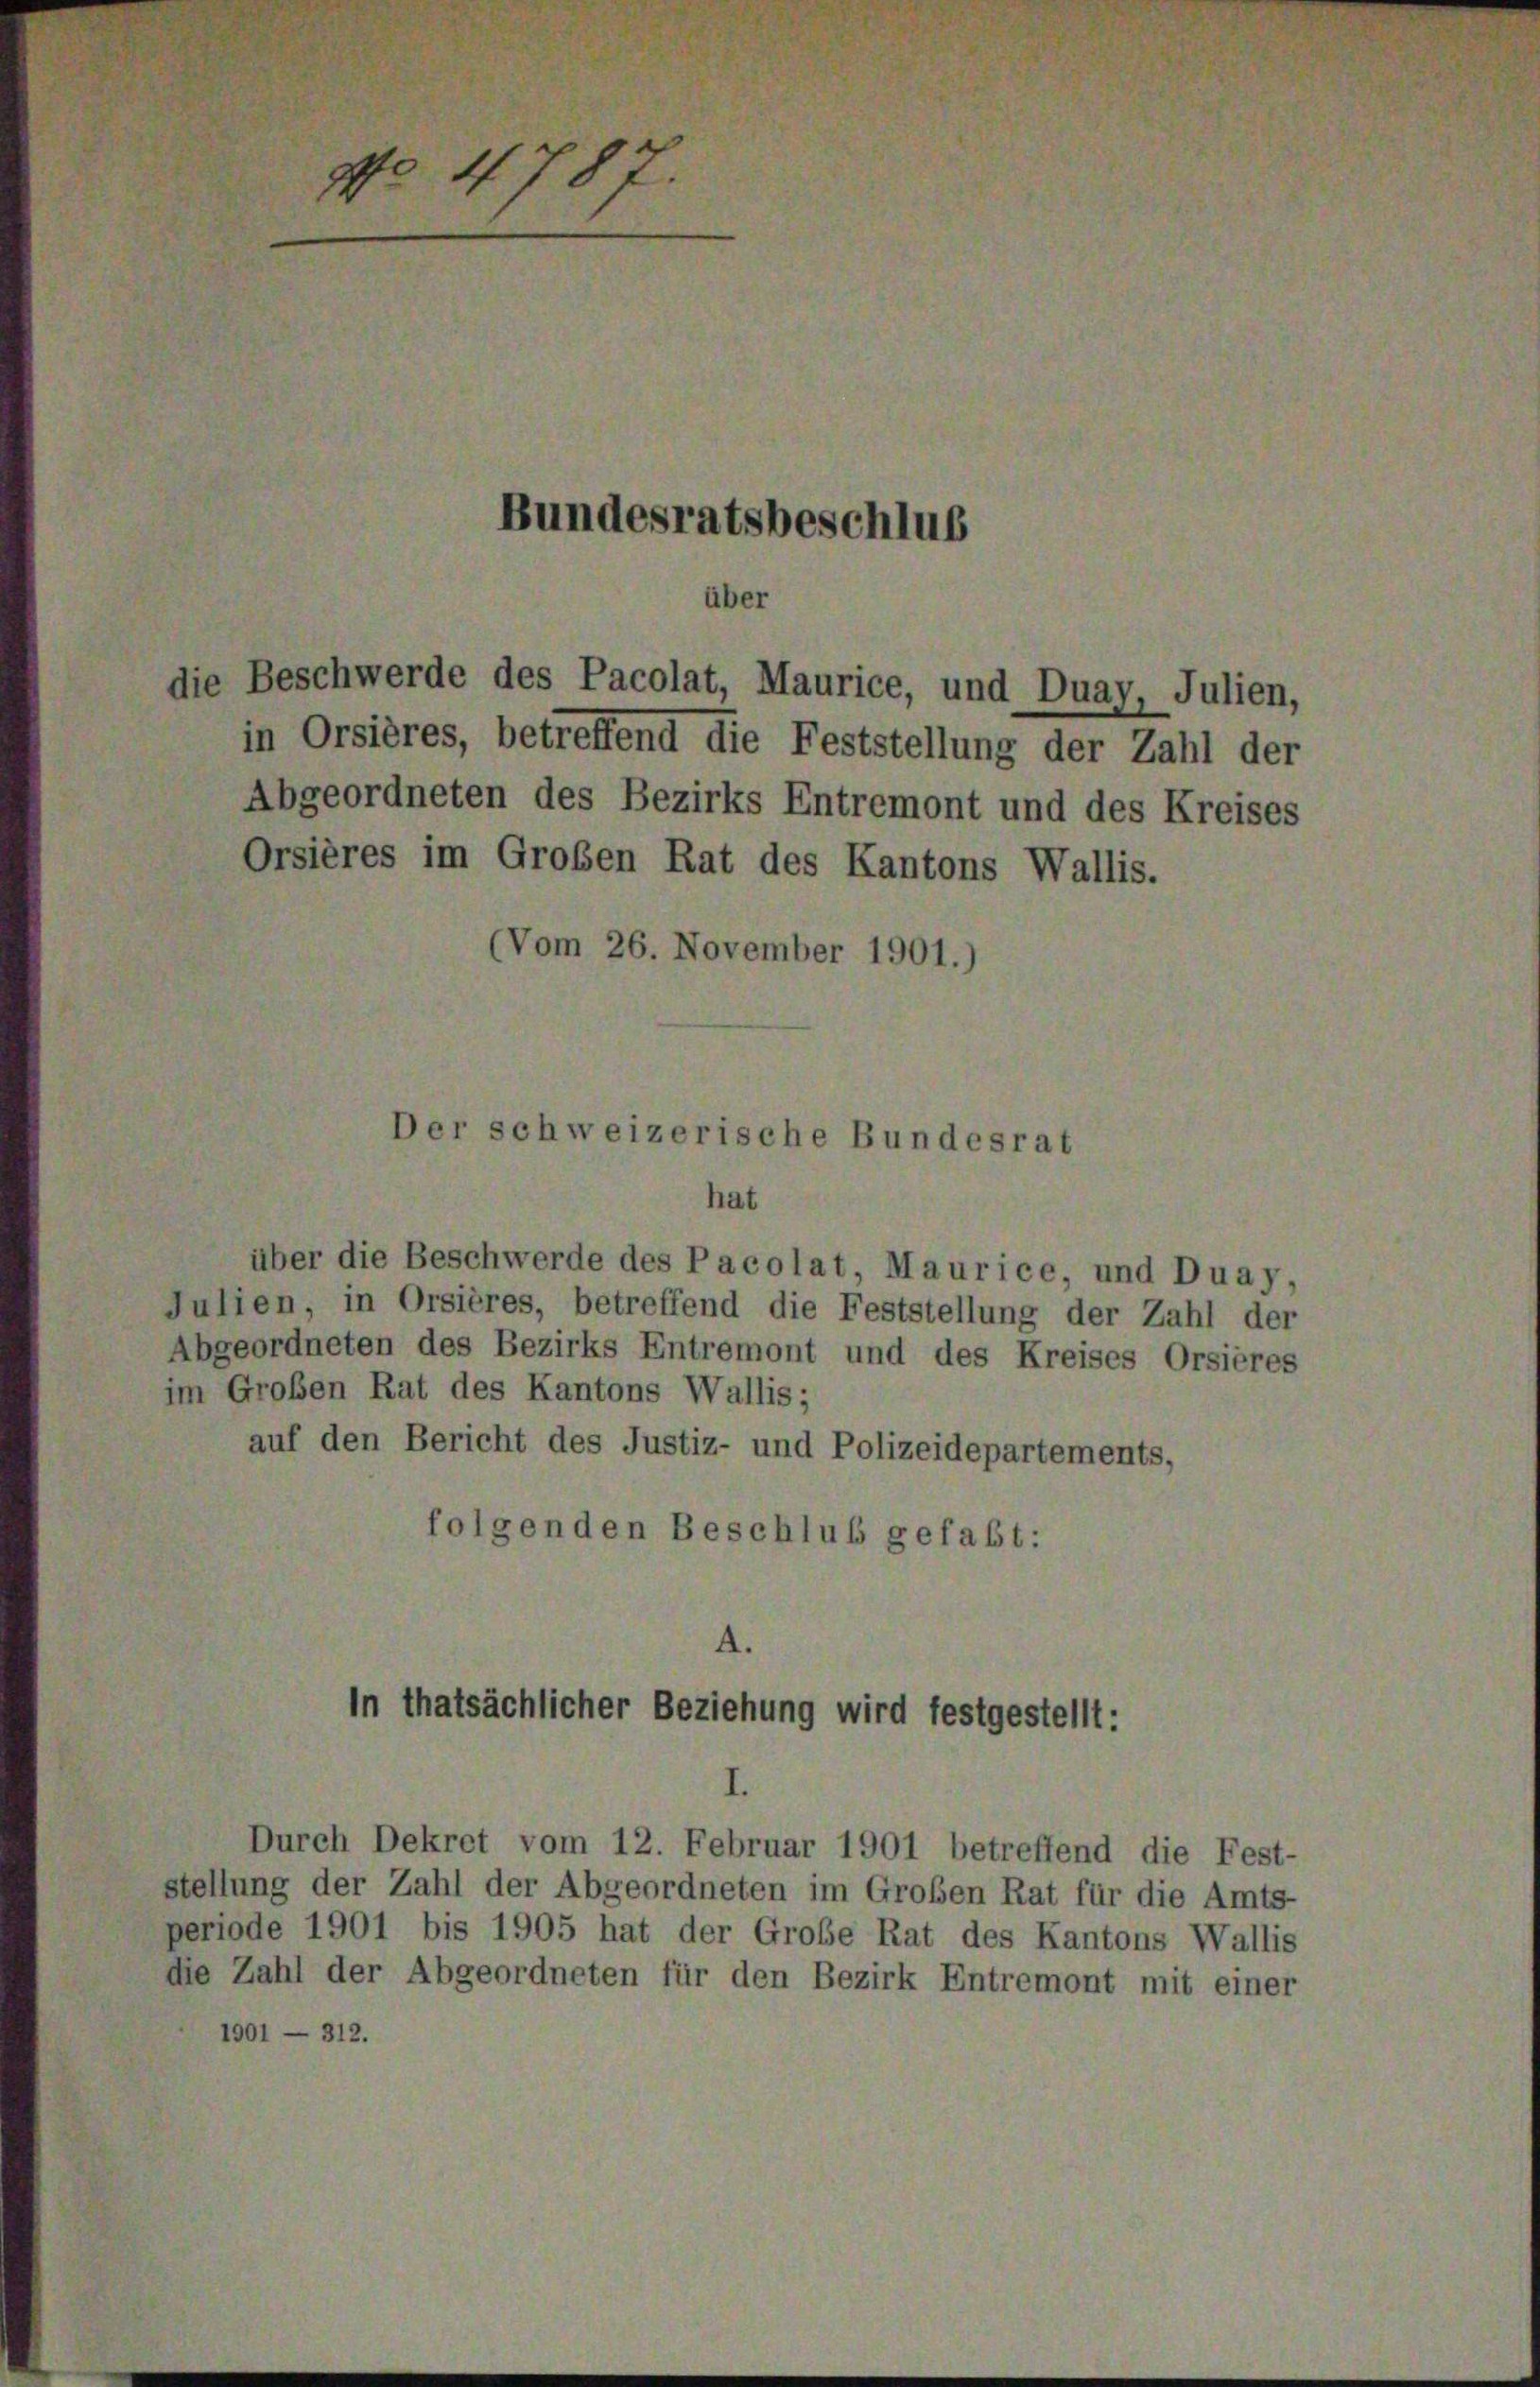
No 4787.

Orsières im Großen Rat des Kantons Wallis.

Bundesratsbeschlus

über

die Beschwerde des Pacolat, Maurice, und Duay, Julien,

in Orsières, betreffend die Feststellung der Zahl der
Abgeordneten des Bezirks Entremont und des Kreises
(Vom 26. November 1901.)

Der schweizerische Bundesrat

hat
über die Beschwerde des Pacolat, Maurice, und Duay,
Julien, in Orsières, betreffend die Feststellung der Zahl der
Abgeordneten des Bezirks Entremont und des Kreises Orsières
im Großen Rat des Kantons Wallis;
auf den Bericht des Justiz- und Polizeidepartements,
folgenden Beschluß gefaßt:

In thatsächlicher Beziehung wird festgestellt:

I.
Durch Dekret vom 12. Februar 1901 betreffend die Fest-
stellung der Zahl der Abgeordneten im Großen Rat für die Amts-
periode 1901 bis 1905 hat der Große Rat des Kantons Wallis
die Zahl der Abgeordneten für den Bezirk Entremont m
1901 — 312.

ei

r